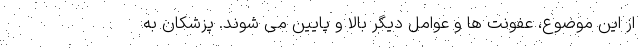
از این موضوع، عفونت ها و عوامل دیگر بالا و پایین می شوند. پزشکان به